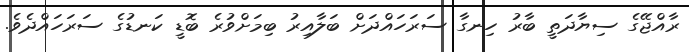
ރާއްޖޭގެ ސިޔާދަތީ ބާރު ހިނގާ ސަރަހައްދަށް ބަލާއިރު ބިމަށްވުރެ ބޮޑީ ކަނޑުގެ ސަރަހައްދެވެ.